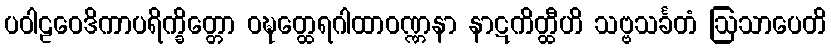
ပဝါဠဝေဒိကာပရိက္ခိတ္တော ဝဍ္ဎတ္ထေရဂါထာဝဏ္ဏနာ နာဋကိတ္ထီဟိ သဗ္ဗသင်္ခတံ ဩသာပေတိ